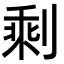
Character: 剩